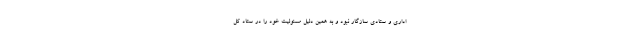
اداری و ستادی سازگار نبود و به همین دلیل مسئولیت خود را در ستاد کل